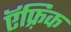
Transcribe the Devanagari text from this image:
ऍफ़्रिक